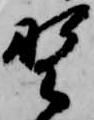
野